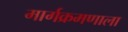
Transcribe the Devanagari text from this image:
मार्गक्रमणाला